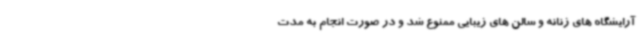
آرایشگاه های زنانه و سالن های زیبایی ممنوع شد و در صورت انجام به مدت